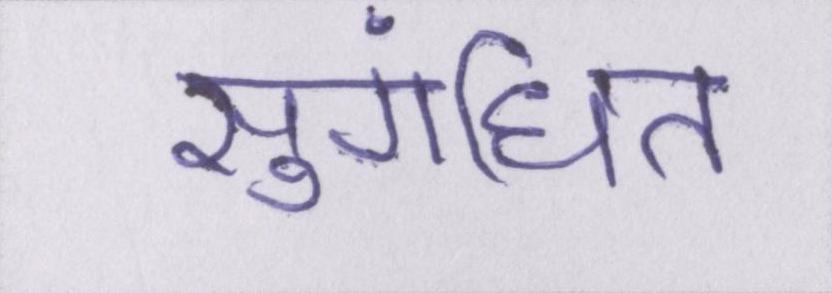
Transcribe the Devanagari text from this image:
सुगंधित